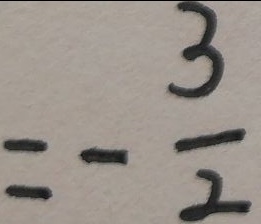
= - \frac { 3 } { 2 }